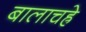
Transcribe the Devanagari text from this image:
बालाचह्रे